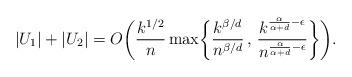
LaTeX: \begin{align*}|U_1|+|U_2| = O\biggl(\frac{k^{1/2}}{n}\max\biggl\{\frac{k^{\beta/d}}{n^{\beta/d}} \, , \, \frac{k^{\frac{\alpha}{\alpha+d} - \epsilon}}{n^{\frac{\alpha}{\alpha+d} - \epsilon}}\biggr\}\biggr).\end{align*}